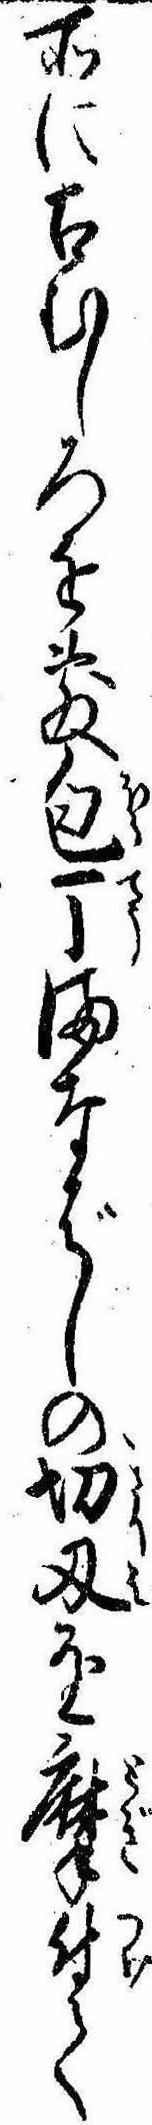
所に古むしろを敷包丁まなばしの切刃を摩付て